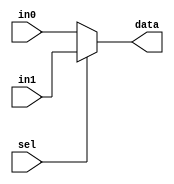
module mux2x1(	input [63:0] in0,
	 		input [63:0] in1,
			input sel,
			output [63:0] data);


	assign data = (sel ? in1 : in0);

endmodule